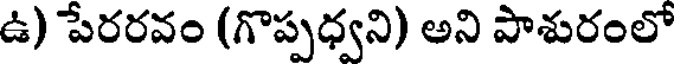
ఉ) పేరరవం (గొప్పధ్వని) అని పాశురంలో